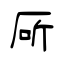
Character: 厛